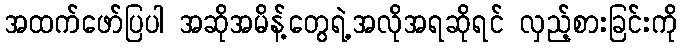
အထက်ဖော်ပြပါ အဆိုအမိန့်တွေရဲ့အလိုအရဆိုရင် လှည့်စားခြင်းကို